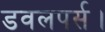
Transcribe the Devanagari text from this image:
डवलपर्स।